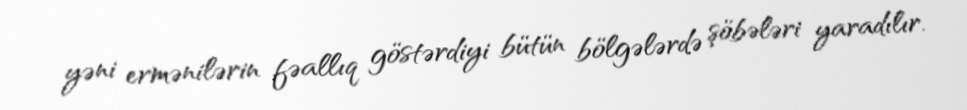
yəni ermənilərin fəallıq göstərdiyi bütün bölgələrdə şöbələri yaradılır.